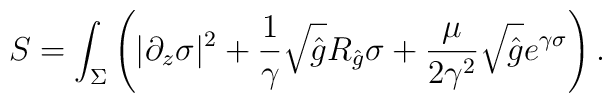
S=\int_{\Sigma}\left(|\partial_z \sigma|^2+{1\over \gamma}\sqrt{\hat g}R_{\hat g}\sigma+{\mu\over 2\gamma^2}\sqrt{\hat g}e^{\gamma\sigma}\right).